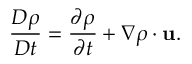
{ \frac { D \rho } { D t } } = { \frac { \partial \rho } { \partial t } } + { \nabla \rho \cdot \mathbf { u } } .